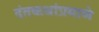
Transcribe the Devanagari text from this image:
दंतकथांप्रमाणे